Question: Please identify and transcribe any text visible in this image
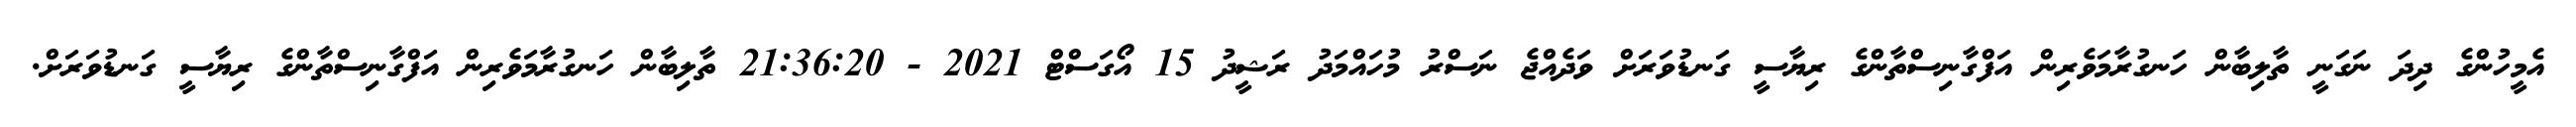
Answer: އެމީހުންގެ ދިދަ ނަގަނީ ތާލިބާން ހަނގުރާމަވެރިން އަފްގާނިސްތާންގެ ރިޔާސީ ގަނޑުވަރަށް ވަދެއްޖެ ނަސްރު މުހައްމަދު ރަޝީދު 15 އޯގަސްޓް 2021 - 21:36:20 ތާލިބާން ހަނގުރާމަވެރިން އަފްގާނިސްތާންގެ ރިޔާސީ ގަނޑުވަރަށް.